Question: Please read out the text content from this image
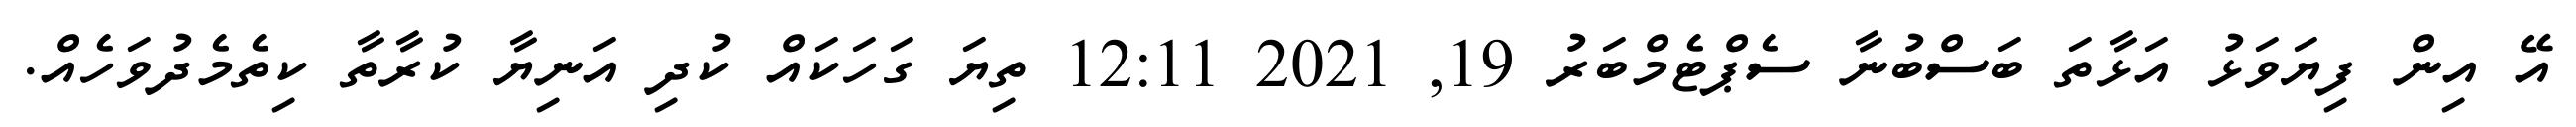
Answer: އޭ އިން ފިޔަވަޅު އަޅާތަ ބަސްބުނާ ސެޕްޓެމްބަރު 19, 2021 12:11 ތިޔަ ގަހަކައް ކުދި އަނިޔާ ކުރާތާ ކިތެމެދުވަހެއް.